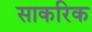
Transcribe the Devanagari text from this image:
साकरिक